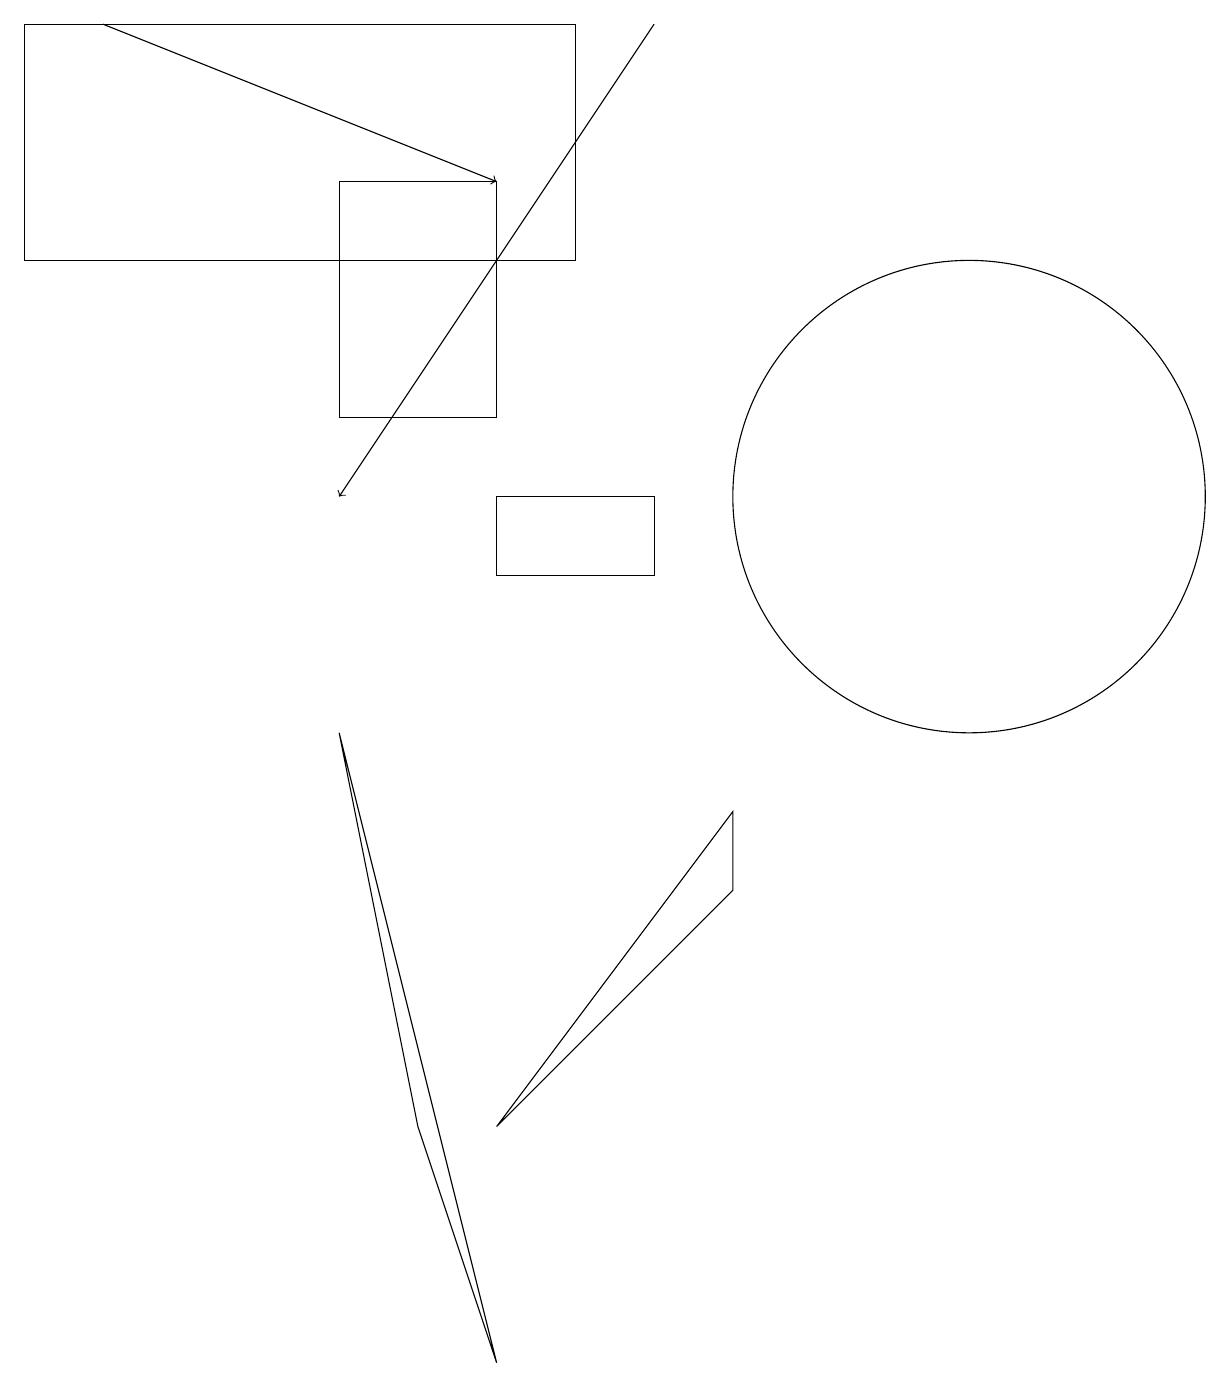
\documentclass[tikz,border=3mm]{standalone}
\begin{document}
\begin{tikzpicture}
\draw (6,1) -- (4,9) -- (5,4) -- cycle;
\draw (6,4) -- (9,8) -- (9,7) -- cycle;
\draw (6,11) rectangle (8,12);
\draw (12,12) circle (3);
\draw (0,18) rectangle (7,15);
\draw (6,16) rectangle (4,13);
\draw[->] (8,18) -- (4,12);
\draw[->] (1,18) -- (6,16);
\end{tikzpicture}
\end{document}